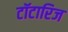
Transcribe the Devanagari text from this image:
टॉटारिज